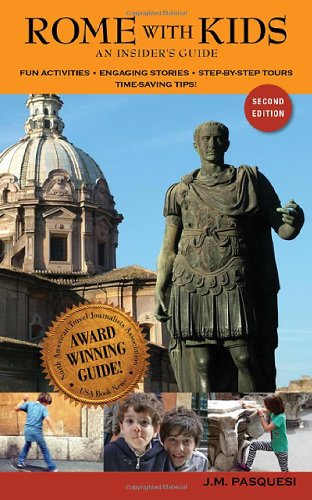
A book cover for Rome with Kids: an insider's guide; J.M. Pasquesi; Travel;